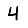
Digit: 4